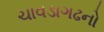
ચાવડાગઢનો